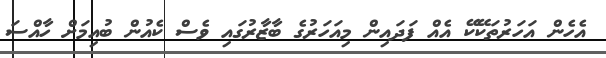
އެހެން އަހަރުތަކޭކޭ އެއް ފަދައިން މިއަހަރުގެ ބާޒާރުގައި ވެސް ކެއުން ބުއިމަށް ހާއްސަ